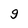
Character: g